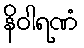
နိဝါရဏံ